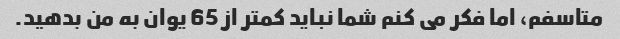
متاسفم، اما فکر می کنم شما نباید کمتر از 65 یوان به من بدهید.